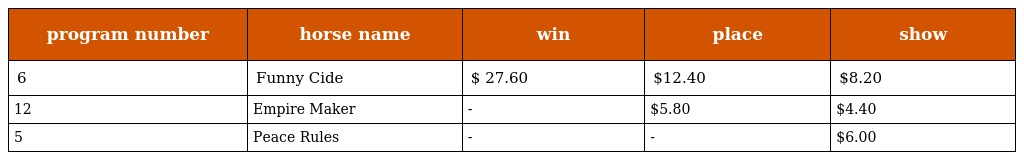
| program number | horse name | win | place | show |
 | --- | --- | --- | --- | --- |
 | 6 | Funny Cide | $ 27.60 | $12.40 | $8.20 |
 | 12 | Empire Maker | - | $5.80 | $4.40 |
 | 5 | Peace Rules | - | - | $6.00 |